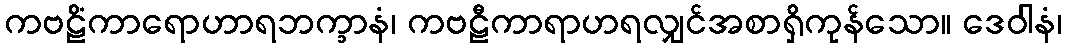
ကဗဠိံကာရောဟာရဘက္ခာနံ၊ ကဗဠီကာရာဟရလျှင်အစာရှိကုန်သော။ ဒေဝါနံ၊